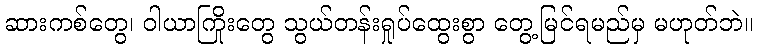
ဆားကစ်တွေ၊ ဝါယာကြိုးတွေ သွယ်တန်းရှုပ်ထွေးစွာ တွေ့မြင်ရမည်မှ မဟုတ်ဘဲ။